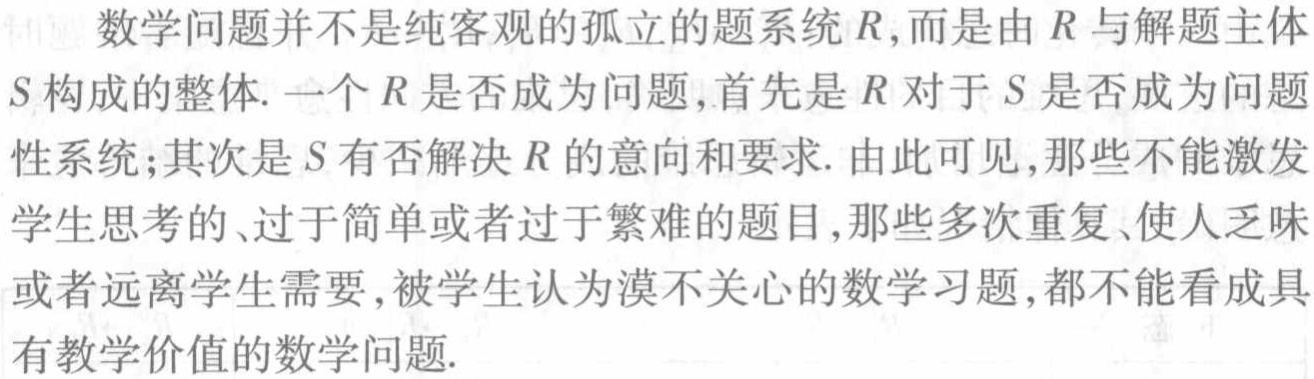
数学问题并不是纯客观的孤立的题系统\(R\),而是由\(R\)与解题主体\(S\)构成的整体. 一个\(R\)是否成为问题,首先是\(R\)对于\(S\)是否成为问题性系统;其次是\(S\)有否解决\(R\)的意向和要求. 由此可见,那些不能激发学生思考的、过于简单或者过于繁难的题目,那些多次重复、使人乏味或者远离学生需要,被学生认为漠不关心的数学习题,都不能看成具有教学价值的数学问题.